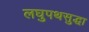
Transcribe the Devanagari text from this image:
लघुपथसुद्धा